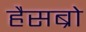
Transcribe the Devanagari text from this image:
हैसब्रो